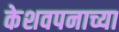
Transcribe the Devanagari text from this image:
केशवपनाच्या